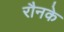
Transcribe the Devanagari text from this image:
रौनके